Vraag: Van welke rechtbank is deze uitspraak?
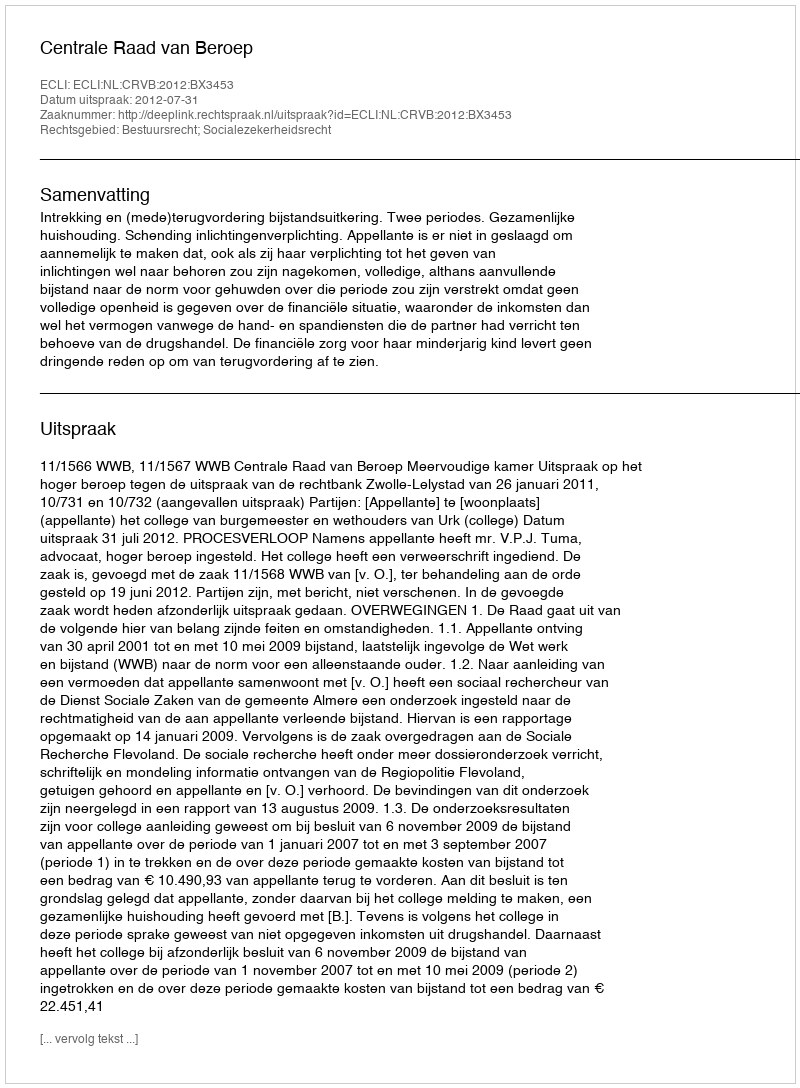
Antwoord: Centrale Raad van Beroep